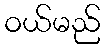
ဝယ်မည်